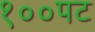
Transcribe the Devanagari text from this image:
१००पट